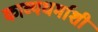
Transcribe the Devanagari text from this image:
काव्यधर्माशी